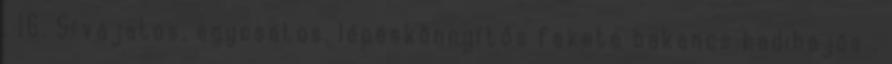
. 16. Sívájatos, egycsatos, lépéskönnyítős fekete bakancs hadihajós .